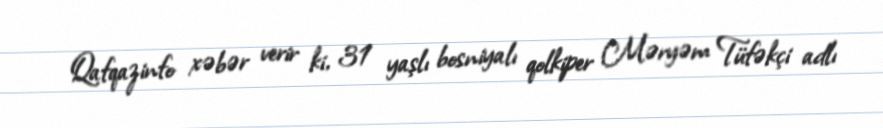
Qafqazinfo xəbər verir ki, 31 yaşlı bosniyalı qolkiper Məryəm Tüfəkçi adlı